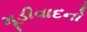
મૂડીવાદનો